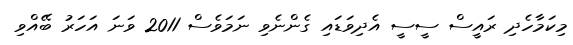
މިކަމާހެދި ރައީސް ސީސީ އެދިވަޑައި ގެންނެވި ނަމަވެސް 2011 ވަނަ އަހަރު ބޭއްވި